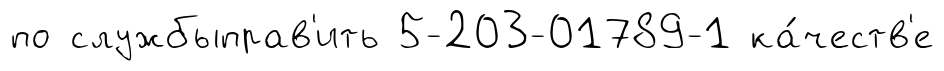
по службыправ'ить 5-203-01789-1 ка́честв'е